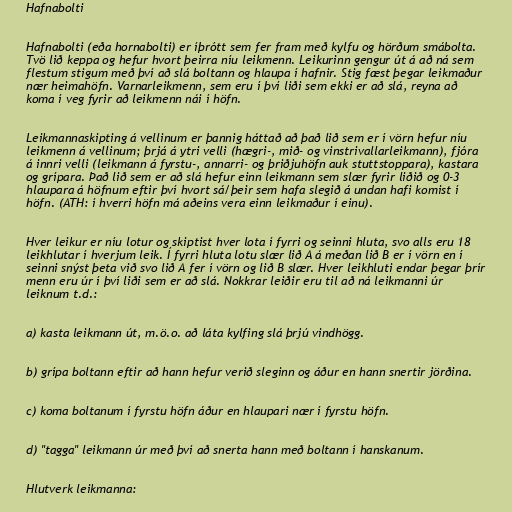
Hafnabolti

Hafnabolti (eða hornabolti) er íþrótt sem fer fram með kylfu og hörðum smábolta.
Tvö lið keppa og hefur hvort þeirra níu leikmenn. Leikurinn gengur út á að ná sem
flestum stigum með því að slá boltann og hlaupa í hafnir. Stig fæst þegar leikmaður
nær heimahöfn. Varnarleikmenn, sem eru í því liði sem ekki er að slá, reyna að
koma í veg fyrir að leikmenn nái í höfn.

Leikmannaskipting á vellinum er þannig háttað að það lið sem er í vörn hefur níu
leikmenn á vellinum; þrjá á ytri velli (hægri-, mið- og vinstrivallarleikmann), fjóra
á innri velli (leikmann á fyrstu-, annarri- og þriðjuhöfn auk stuttstoppara), kastara
og grípara. Það lið sem er að slá hefur einn leikmann sem slær fyrir liðið og 0-3
hlaupara á höfnum eftir því hvort sá/þeir sem hafa slegið á undan hafi komist í
höfn. (ATH: í hverri höfn má aðeins vera einn leikmaður í einu).

Hver leikur er níu lotur og skiptist hver lota í fyrri og seinni hluta, svo alls eru 18
leikhlutar í hverjum leik. Í fyrri hluta lotu slær lið A á meðan lið B er í vörn en í
seinni snýst þeta við svo lið A fer í vörn og lið B slær. Hver leikhluti endar þegar þrír
menn eru úr í því liði sem er að slá. Nokkrar leiðir eru til að ná leikmanni úr
leiknum t.d.:

a) kasta leikmann út, m.ö.o. að láta kylfing slá þrjú vindhögg.

b) grípa boltann eftir að hann hefur verið sleginn og áður en hann snertir jörðina.

c) koma boltanum í fyrstu höfn áður en hlaupari nær í fyrstu höfn.

d) "tagga" leikmann úr með því að snerta hann með boltann í hanskanum.

Hlutverk leikmanna: